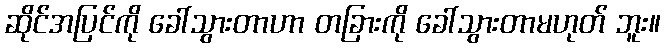
ဆိုင်အပြင်ကို ခေါ်သွားတာဟာ တခြားကို ခေါ်သွားတာမဟုတ် ဘူး။